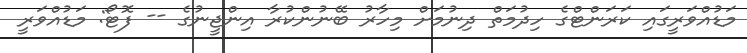
މަޑުއްވަރީގައި ކަރަންޓްގެ ހިދުމަތް ދިނުމަށް މިހާރު ބޭނުންކުރާ އިންޖީނުގެ -- ފޮޓޯ: މަޑުއްވަރީ